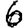
Digit: 6